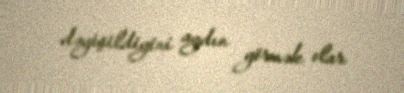
dəyişildiyini aydın görmək olar.